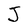
Character: J